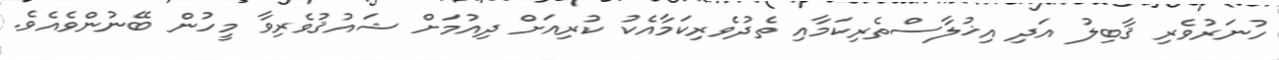
ހުނަރުވެރި ޤާބިލު އަދި އިޚުލާސްތެރިކަމާއި ތެދުވެރިކަމާއެކު ކުރިއަށް ދިއުމަށް ޝައުޤުވެރިވާ މީހުން ބޭނުންވެއެވެ.